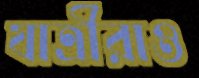
যাত্রীরাও